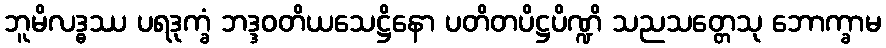
ဘူမိလဒ္ဓဿ ပရဒုက္ခံ ဘဒ္ဒဝတိယသေဋ္ဌိနော ပတိတပိဋ္ဌပိဏ္ဍိ သညသတ္တေသု ဘောက္ခာမ